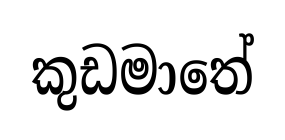
කුඩමාතේ